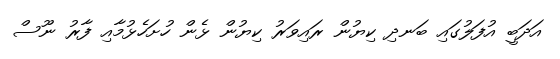
އަދަބީ އުފަލުގައި ބަނދި ކިޔުން ރައިވަރު ކިޔުން ޅެން ހުށަހެޅުމާއި ފާރު ނޫސް